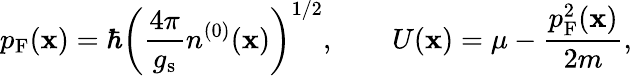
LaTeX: p_{\mathrm{F}}(\mathbf{x})=\hbar\left(\frac{4\pi}{g_{\mathrm{s}}}n^{(0)}(\mathbf{x})\right)^{1/2},\qquad U(\mathbf{x})=\mu-\frac{p_{\mathrm{F}}^{2}(\mathbf{x})}{2m},